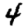
Digit: 4